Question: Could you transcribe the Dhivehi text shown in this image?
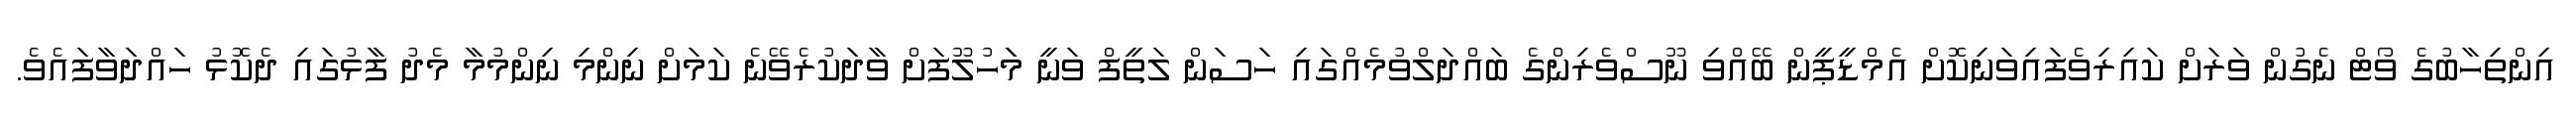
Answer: އިންތިހާބުގެ ވޯޓް ނެގުން ވަރަށް ކައިރިވެފައިވަނިކޮށް އެމްޑީޕީން ބޭއްވި ނޫސްވެރިންގެ ބައްދަލްވުމެއްގައި ހަސަން ލަތީފް ވަނީ މަަހުލޫފަށް ވާދަކުރެވޭނެ ކަމަށް ނިންމި ނިންމުމާ މެދު ފާޅުގައި ދެކޮޅު ހައްދަވާފައެވެ.